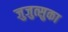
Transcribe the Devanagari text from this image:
जुजुत्सुका